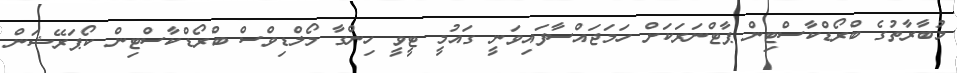
މުބާރާތުގެ ބްރޯޑްކާސްޓިން ޕާޓްނަރަކަށް ހަމަޖައްސާފައިވަނީ ގައުމީ ޓީވީ ހިންގާ މޯލްޑިވްސް ބްރޯޑްކާސްޓިން ކޯޕަރޭޝަން